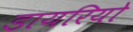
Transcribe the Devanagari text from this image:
डायरियो